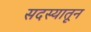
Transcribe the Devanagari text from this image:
सदस्यातून